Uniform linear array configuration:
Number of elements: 16
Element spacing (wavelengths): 0.5
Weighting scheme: hamming
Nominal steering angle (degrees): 60
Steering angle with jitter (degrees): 61.989
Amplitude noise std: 0.05
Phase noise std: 0.05

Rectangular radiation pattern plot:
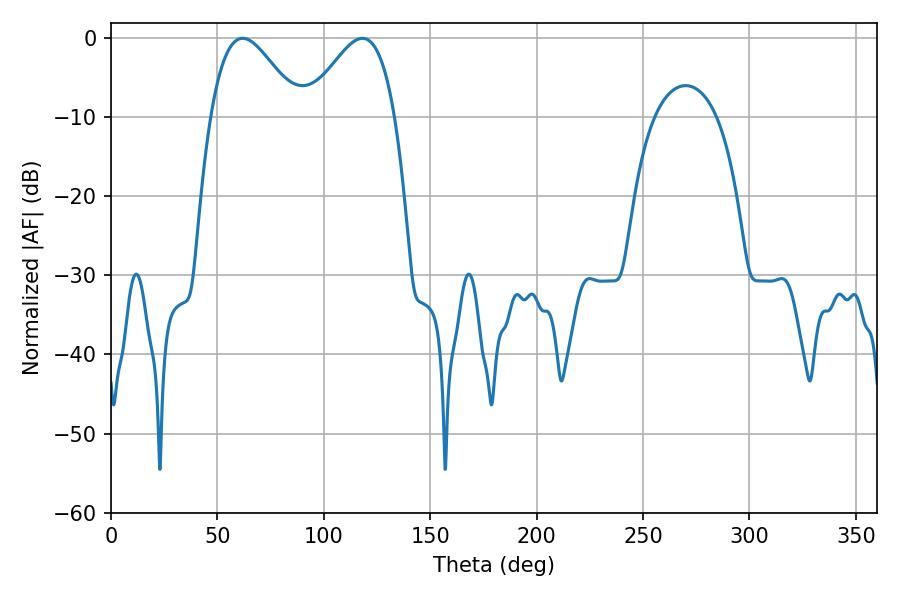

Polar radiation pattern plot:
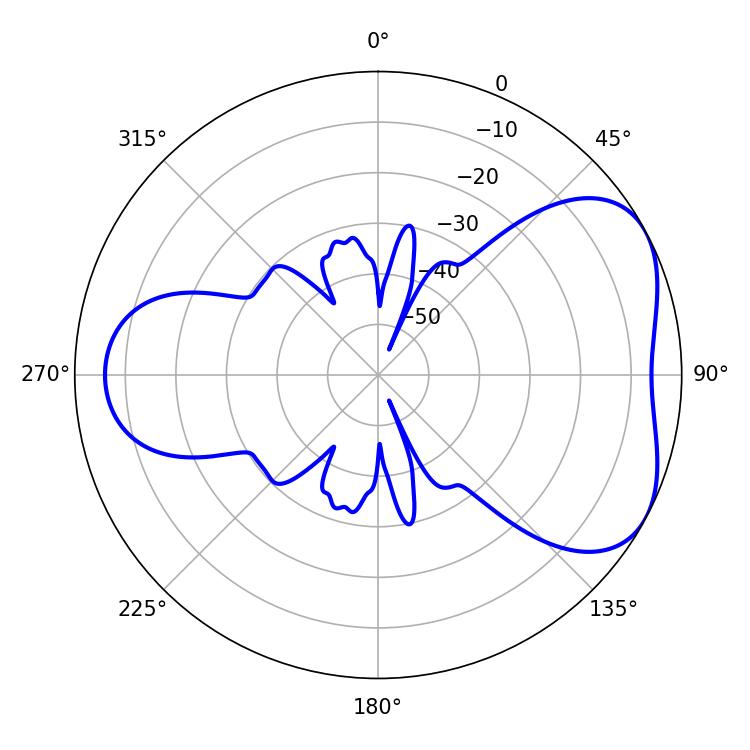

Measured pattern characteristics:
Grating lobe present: FALSE
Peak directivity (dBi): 4.811
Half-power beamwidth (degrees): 22.14
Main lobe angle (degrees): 61.92